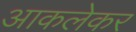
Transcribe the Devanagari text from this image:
आकलेकर